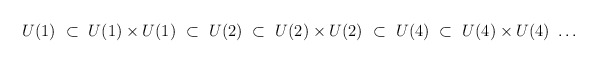
\begin{align*}U(1)\ \subset\ U(1)\times U(1)\ \subset\ U(2)\ \subset\ U(2)\times U(2)\ \subset\ U(4)\ \subset\ U(4)\times U(4)\ \ldots\end{align*}